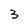
Character: 3